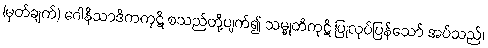
(မှတ်ချက်) ဂေါနိသာဒိကကုဋိ စသည်တို့ပျက်၍ သမ္မုတိကုဋိ ပြုလုပ်ပြန်သော် အပ်သည်၊